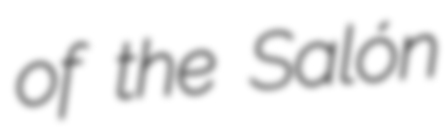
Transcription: of the Salón